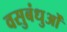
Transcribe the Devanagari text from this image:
वसुबंधुओं